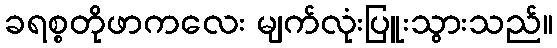
ခရစ္စတိုဖာကလေး မျက်လုံးပြူးသွားသည်။